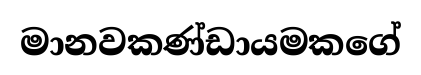
මානවකණ්ඩායමකගේ